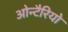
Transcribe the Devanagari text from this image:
ओन्टैरियो